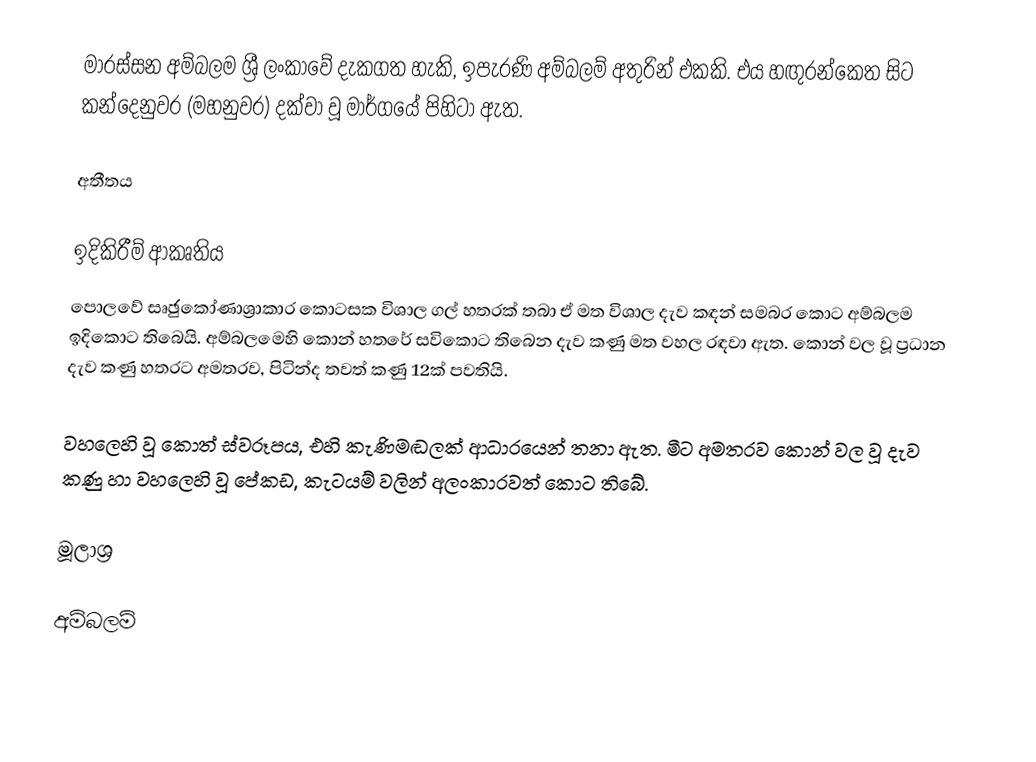
මාරස්සන අම්බලම ශ්‍රී ලංකාවේ දැකගත හැකි, ඉපැරණි අම්බලම් අතුරින් එකකි. එය හඟුරන්කෙත සිට කන්දෙනුවර (මහනුවර) දක්වා වූ මාර්ගයේ පිහිටා ඇත.

අතීතය

ඉදිකිරීම් ආකෘතිය
පො‍ලවේ සෘඡුකෝණාශ්‍රාකාර කොටසක විශාල ගල් හතරක් තබා ඒ මත විශාල දැව කඳන් සමබර කොට අම්බලම ඉදිකොට තිබෙයි. අම්බලමෙහි කොන් හතරේ සවිකොට තිබෙන දැව කණු මත වහල රඳවා ඇත. කොන් වල වූ ප්‍රධාන දැව කණු හතරට අමතරව, පිටින්ද තවත් කණු 12ක් පවතියි.

වහලෙහි වූ කොත් ස්වරූපය, එහි කැණිමඬලක් ආධාරයෙන් තනා ඇත. මීට අමතරව කොන් වල වූ දැව කණු හා වහලෙහි වූ පේකඩ, කැටයම් වලින් අලංකාරවත් කොට තිබේ.

මූලාශ්‍ර

අම්බලම්